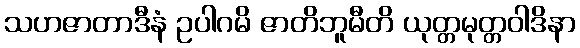
သဟဇာတာဒီနံ ဥပါဂမိ ဇာတိဘူမီတိ ယုတ္တမုတ္တဝါဒိနာ